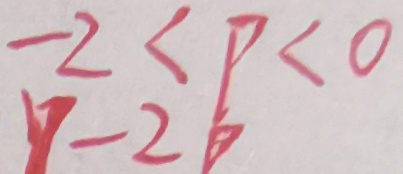
- 2 < P < 0